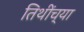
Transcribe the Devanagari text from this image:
तिथींच्या